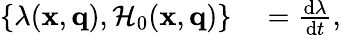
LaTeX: \begin{array}{rl}{\left\{ \lambda(\mathbf{x},\mathbf{q}),\mathcal{H}_{0}(\mathbf{x},\mathbf{q})\right\} }&{{}=\frac{\mathrm{d}\lambda}{\mathrm{d}t},}\end{array}